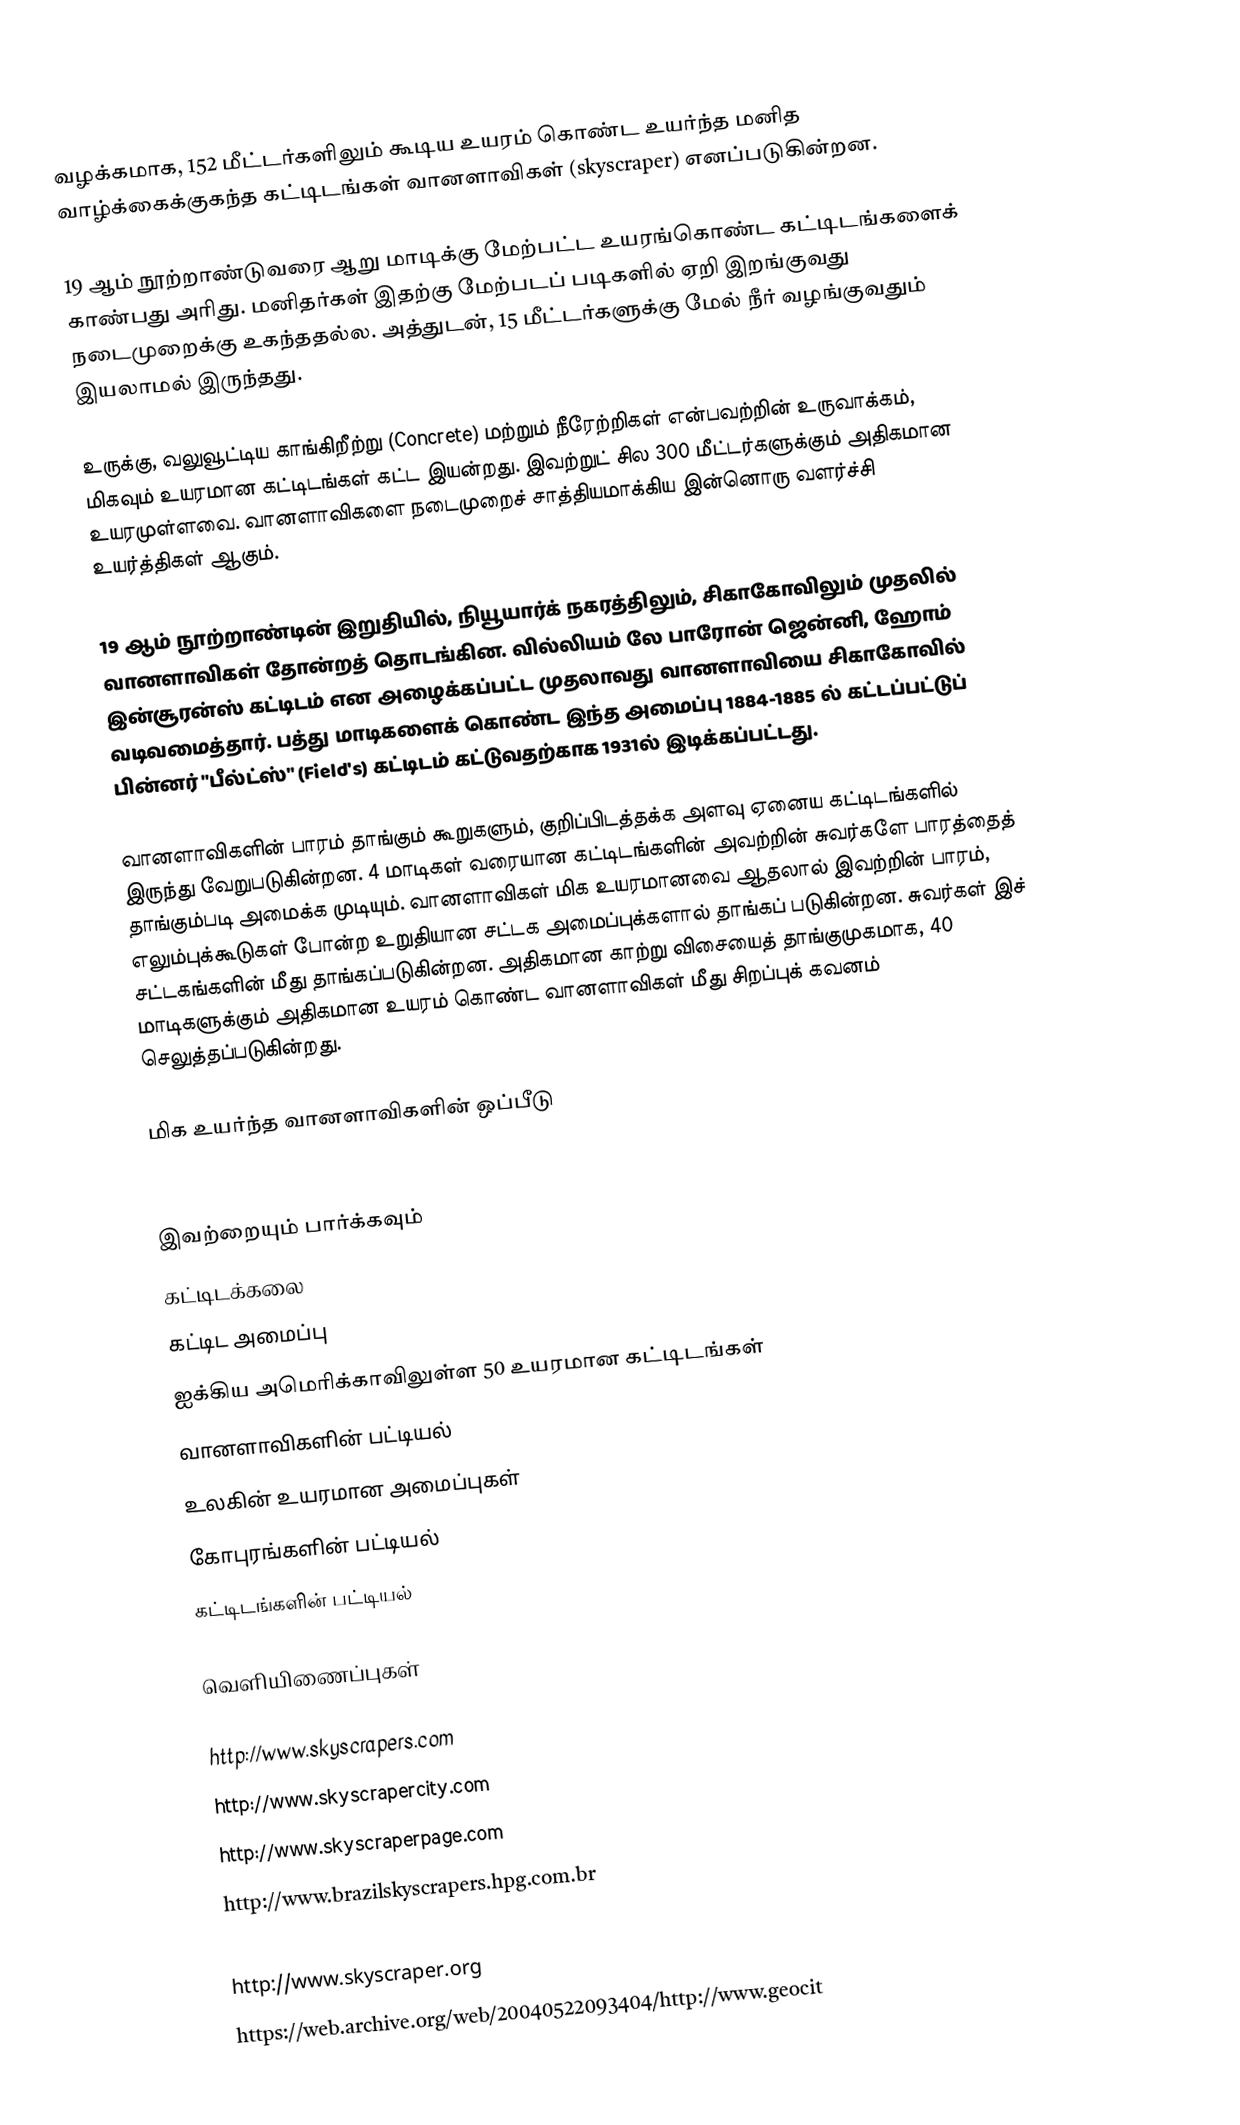
வழக்கமாக, 152 மீட்டர்களிலும் கூடிய உயரம் கொண்ட உயர்ந்த மனித வாழ்க்கைக்குகந்த கட்டிடங்கள் வானளாவிகள் (skyscraper) எனப்படுகின்றன.

19 ஆம் நூற்றாண்டுவரை ஆறு மாடிக்கு மேற்பட்ட உயரங்கொண்ட கட்டிடங்களைக் காண்பது அரிது. மனிதர்கள் இதற்கு மேற்படப் படிகளில் ஏறி இறங்குவது நடைமுறைக்கு உகந்ததல்ல. அத்துடன், 15 மீட்டர்களுக்கு மேல் நீர் வழங்குவதும் இயலாமல் இருந்தது.

உருக்கு, வலுவூட்டிய காங்கிறீற்று (Concrete) மற்றும் நீரேற்றிகள் என்பவற்றின் உருவாக்கம், மிகவும் உயரமான கட்டிடங்கள் கட்ட இயன்றது. இவற்றுட் சில 300 மீட்டர்களுக்கும் அதிகமான உயரமுள்ளவை. வானளாவிகளை நடைமுறைச் சாத்தியமாக்கிய இன்னொரு வளர்ச்சி உயர்த்திகள் ஆகும்.

19 ஆம் நூற்றாண்டின் இறுதியில், நியூயார்க் நகரத்திலும், சிகாகோவிலும் முதலில் வானளாவிகள் தோன்றத் தொடங்கின. வில்லியம் லே பாரோன் ஜென்னி, ஹோம் இன்சூரன்ஸ் கட்டிடம் என அழைக்கப்பட்ட முதலாவது வானளாவியை சிகாகோவில் வடிவமைத்தார். பத்து மாடிகளைக் கொண்ட இந்த அமைப்பு 1884-1885 ல் கட்டப்பட்டுப் பின்னர் "பீல்ட்ஸ்" (Field's) கட்டிடம் கட்டுவதற்காக 1931ல் இடிக்கப்பட்டது.

வானளாவிகளின் பாரம் தாங்கும் கூறுகளும், குறிப்பிடத்தக்க அளவு ஏனைய கட்டிடங்களில் இருந்து வேறுபடுகின்றன. 4 மாடிகள் வரையான கட்டிடங்களின் அவற்றின் சுவர்களே பாரத்தைத் தாங்கும்படி அமைக்க முடியும். வானளாவிகள் மிக உயரமானவை ஆதலால் இவற்றின் பாரம், எலும்புக்கூடுகள் போன்ற உறுதியான சட்டக அமைப்புக்களால் தாங்கப் படுகின்றன. சுவர்கள் இச் சட்டகங்களின் மீது தாங்கப்படுகின்றன. அதிகமான காற்று விசையைத் தாங்குமுகமாக, 40 மாடிகளுக்கும் அதிகமான உயரம் கொண்ட வானளாவிகள் மீது சிறப்புக் கவனம் செலுத்தப்படுகின்றது.

மிக உயர்ந்த வானளாவிகளின் ஒப்பீடு
(to scale)

இவற்றையும் பார்க்கவும்
 கட்டிடக்கலை
 கட்டிட அமைப்பு
 ஐக்கிய அமெரிக்காவிலுள்ள 50 உயரமான கட்டிடங்கள்
 வானளாவிகளின் பட்டியல்
 உலகின் உயரமான அமைப்புகள்
 கோபுரங்களின் பட்டியல்
 கட்டிடங்களின் பட்டியல்

வெளியிணைப்புகள்

 http://www.skyscrapers.com
 http://www.skyscrapercity.com
 http://www.skyscraperpage.com
 http://www.brazilskyscrapers.hpg.com.br
 http://www.bionictower-bvs.com/  (1228m Shanghai tower project)
 http://www.skyscraper.org
 https://web.archive.org/web/20040522093404/http://www.geocit